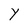
Character: Y